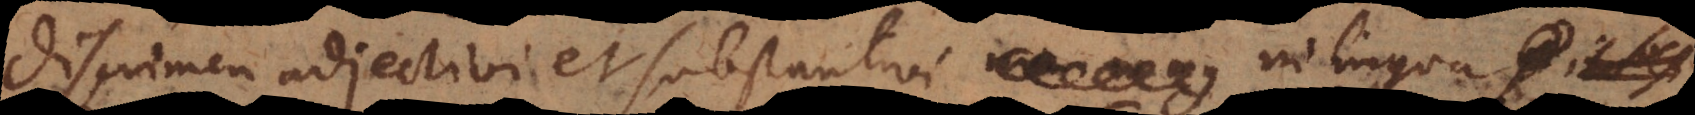
Discrimen adjectivi et substantivi in lingua